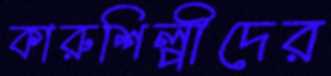
কারুশিল্পীদের